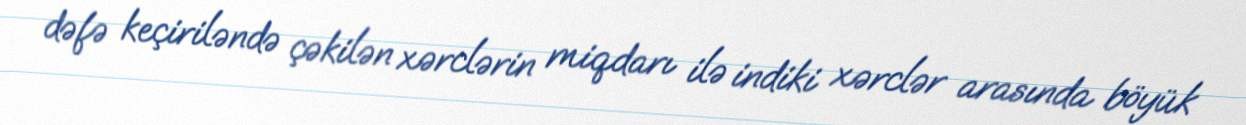
dəfə keçiriləndə çəkilən xərclərin miqdarı ilə indiki xərclər arasında böyük